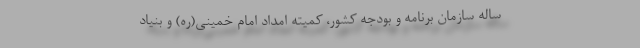
ساله سازمان برنامه و بودجه کشور، کمیته امداد امام خمینی(ره) و بنیاد